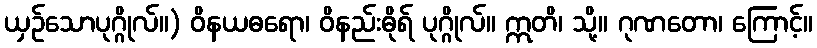
ယှဉ်သောပုဂ္ဂိုလ်။) ဝိနယဓရော၊ ဝိနည်းဓိုရ် ပုဂ္ဂိုလ်။ ဣတိ၊ သို့။ ဂုဏတော၊ ကြောင့်။